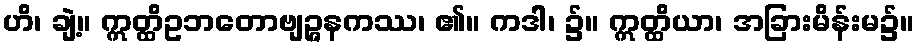
ဟိ၊ ချဲ့။ ဣတ္ထိဥဘတောဗျဉ္ဇနကဿ၊ ၏။ ကဒါ၊ ၌။ ဣတ္ထိယာ၊ အခြားမိန်းမ၌။